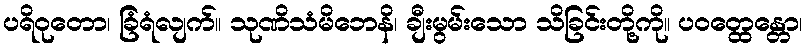
ပရိဝုတော၊ ခြံရံလျက်။ သုဏိသံမိဘေနိ၊ ချီးမွမ်းသော သိခြင်းတို့ကို။ ပဝတ္ထေန္တော၊